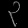
Digit: ၃